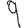
Digit: 9